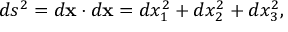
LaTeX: d s ^ { 2 } = d \mathbf { x } \cdot d \mathbf { x } = d x _ { 1 } ^ { 2 } + d x _ { 2 } ^ { 2 } + d x _ { 3 } ^ { 2 } ,